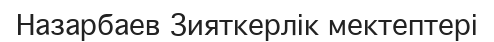
Назарбаев Зияткерлік мектептері